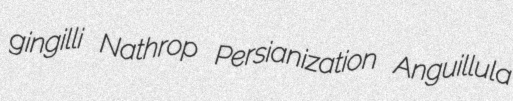
gingilli Nathrop Persianization Anguillula